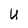
Character: U